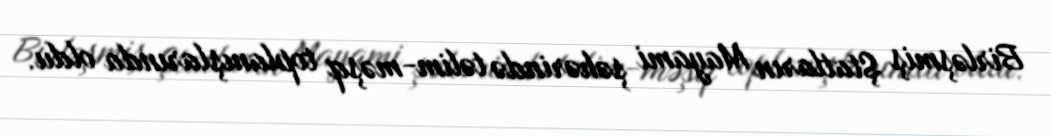
Birləşmiş Ştatların Mayami şəhərində təlim-məşq toplanışlarında oldu.